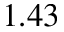
1 . 4 3